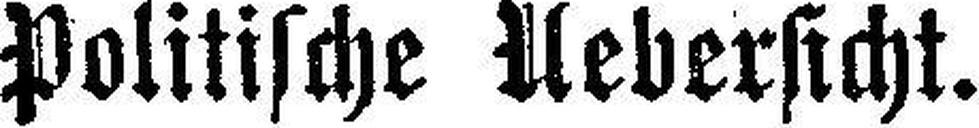
Politische Uebersicht.